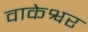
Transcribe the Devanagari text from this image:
वाकेश्वर